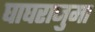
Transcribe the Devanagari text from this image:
घाघरानुमा